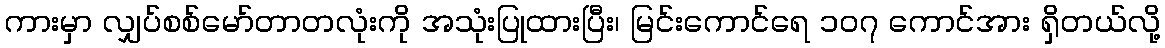
ကားမှာ လျှပ်စစ်မော်တာတလုံးကို အသုံးပြုထားပြီး၊ မြင်းကောင်ရေ ၁၀၇ ကောင်အား ရှိတယ်လို့